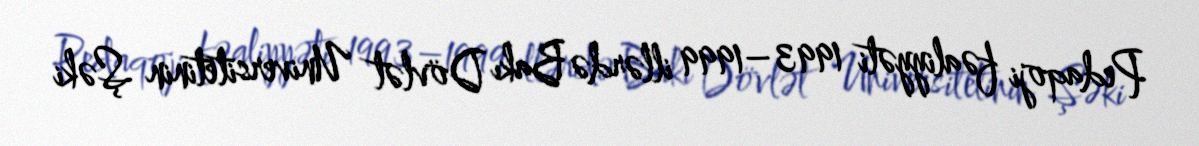
Pedaqoji fəaliyyəti 1993–1999 illərdə Bakı Dövlət Universitetinin Şəki